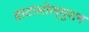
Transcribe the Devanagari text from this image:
डाटासोल्यूशन